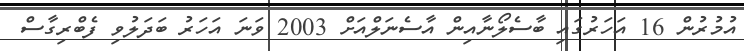
އުމުރުން 16 އަހަރުގައި ބާސެލޯނާއިން އާސެނަލްއަށް 2003 ވަނަ އަހަރު ބަދަލުވި ފެބްރިގާސް